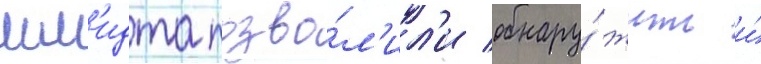
шм'идта позво́л'ил'и обнару́жить и́